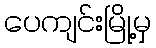
ပေကျင်းမြို့မှ